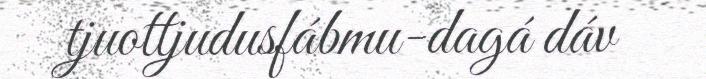
tjuottjudusfábmu-dagá dáv